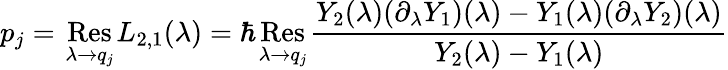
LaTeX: p_{j}=\mathop{\, \mathrm{Res\, }}_{\lambda\to q_{j}}L_{2,1}(\lambda)=\hbar\mathop{\, \mathrm{Res\, }}_{\lambda\to q_{j}}\frac{Y_{2}(\lambda)(\partial_{\lambda}Y_{1})(\lambda)-Y_{1}(\lambda)(\partial_{\lambda}Y_{2})(\lambda)}{Y_{2}(\lambda)-Y_{1}(\lambda)}